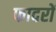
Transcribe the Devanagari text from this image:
फादरों